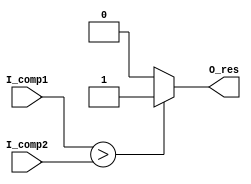
///----------------------------------------------------
///
///----------------------------------------------------
module meas_comp
#(
parameter C_IWIDTH = 24
)
(
input       [C_IWIDTH-1:0]  I_comp1,
input       [C_IWIDTH-1:0]  I_comp2,
output                      O_res
);

assign O_res = (I_comp1 > I_comp2)?1:0;

endmodule